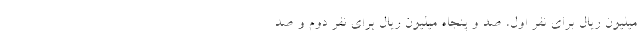
میلیون ریال برای نفر اول، صد و پنجاه میلیون ریال برای نفر دوم و صد